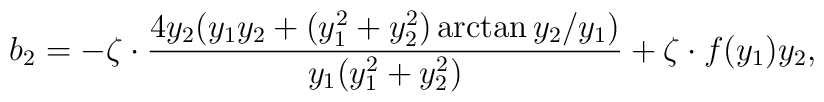
b_{2}=-\zeta \cdot\frac{4y_{2}(y_{1}y_{2}+(y_{1}^{2}+y_{2}^{2})\arctan{y_{2}/y_{1}})}{y_{1}(y_{1}^{2}+y_{2}^{2})}+\zeta \cdot f(y_{1}) y_{2},